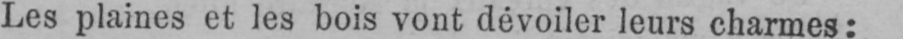
Les plaines et les bois vont dévoiler leurs charmes: